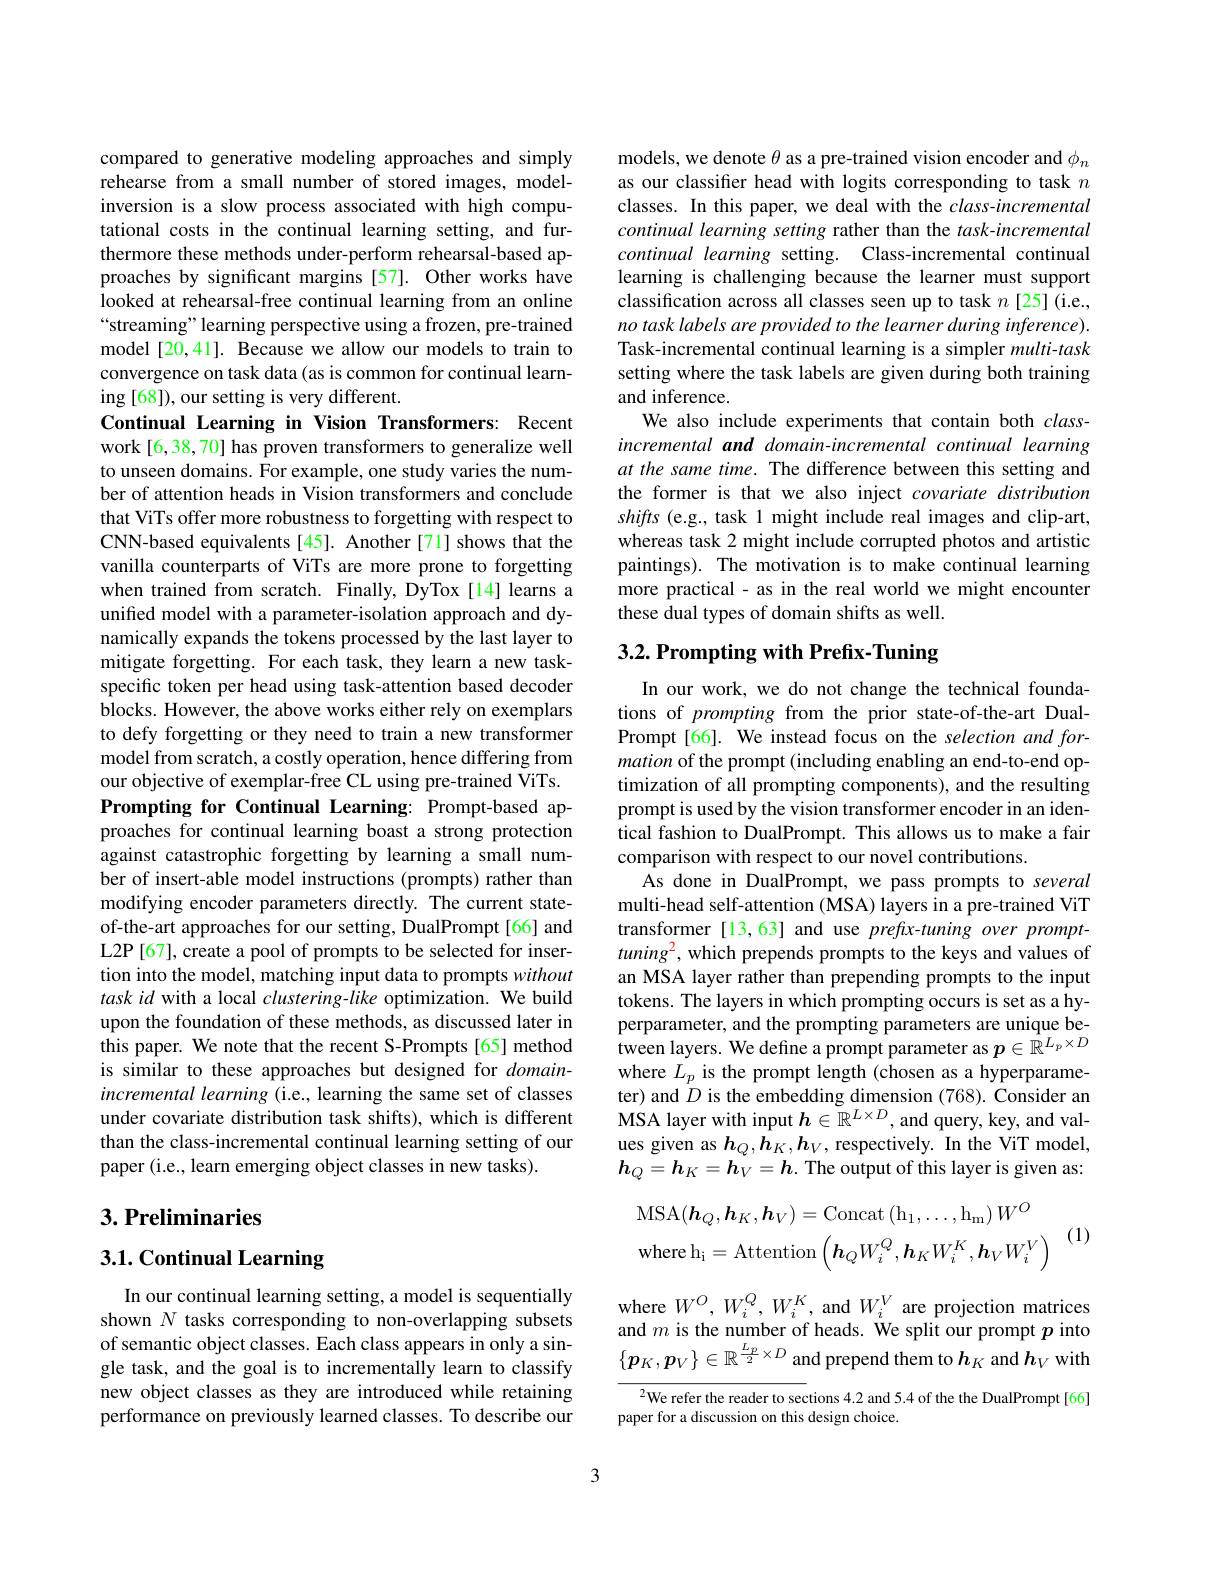
compared to generative modeling approaches and simply rehearse from a small number of stored images, modelinversion is a slow process associated with high computational costs in the continual learning setting, and furthermore these methods under-perform rehearsal-based approaches by significant margins [57]. Other works have looked at rehearsal-free continual learning from an online “streaming” learning perspective using a frozen, pre-trained model [20,41]. Because we allow our models to train to convergence on task data (as is common for continual learning [68]), our setting is very different.

Continual Learning in Vision Transformers: Recent work [6,38,70] has proven transformers to generalize well to unseen domains. For example, one study varies the number of attention heads in Vision transformers and conclude that ViTs offer more robustness to forgetting with respect to CNN-based equivalents[45]. Another[71] shows that the vanilla counterparts of ViTs are more prone to forgetting when trained from scratch. Finally, DyTox[14] learns a unified model with a parameter-isolation approach and dynamically expands the tokens processed by the last layer to mitigate forgetting. For each task, they learn a new taskspecific token per head using task-attention based decoder blocks. However, the above works either rely on exemplars to defy forgetting or they need to train a new transformer model from scratch, a costly operation, hence differing from our objective of exemplar-free CL using pre-trained ViTs. Prompting for Continual Learning: Prompt-based approaches for continual learning boast a strong protection against catastrophic forgetting by learning a small number of insert-able model instructions (prompts) rather than modifying encoder parameters directly. The current stateof-the-art approaches for our setting, DualPrompt[66] and L2P[67], create a pool of prompts to be selected for insertion into the model, matching input data to prompts without task id with a local clustering-like optimization. We build upon the foundation of these methods, as discussed later in this paper. We note that the recent S-Prompts[65] method is similar to these approaches but designed for $domain-$ incremental learning (i.e., learning the same set of classes under covariate distribution task shifts), which is different than the class-incremental continual learning setting of our paper (i.e., learn emerging object classes in new tasks).

## $3. \textbf{Preliminaries}$

# 3.1. Continual Learning

In our continual learning setting, a model is sequentially shown $N$ tasks corresponding to non-overlapping subsets of semantic object classes. Each class appears in only a single task, and the goal is to incrementally learn to classify new object classes as they are introduced while retaining performance on previously learned classes. To describe our

models, we denote $\theta$ as a pre-trained vision encoder and $\phi_n$ as our classifier head with logits corresponding to task $n$ classes. In this paper, we deal with the $class-incremental$ continual learning setting rather than the task-incremental continual learning setting. Class-incremental continual learning is challenging because the learner must support classification across all classes seen up to task $n$ [25](i.e., no task labels are provided to the learner during inference). Task-incremental continual learning is a simpler multi-task setting where the task labels are given during both training and inference.
We also include experiments that contain both $class-$ incremental and domain-incremental continual learning at the same time. The difference between this setting and the former is that we also inject covariate distribution shifts (e.g., task 1 might include real images and clip-art, whereas task 2 might include corrupted photos and artistic paintings). The motivation is to make continual learning more practical - as in the real world we might encounter these dual types of domain shifts as well.

# 3.2. Prompting with Prefix-Tuning

In our work, we do not change the technical foundations of prompting from the prior state-of-the-art DualPrompt[66]. We instead focus on the selection and formation of the prompt (including enabling an end-to-end optimization of all prompting components), and the resulting prompt is used by the vision transformer encoder in an identical fashion to DualPrompt. This allows us to make a fair comparison with respect to our novel contributions.
As done in DualPrompt, we pass prompts to several multi-head self-attention (MSA) layers in a pre-trained ViT transformer [13,63] and use prefx-tuning over prompt- $tuning^2$, which prepends prompts to the keys and values of an MSA layer rather than prepending prompts to the input tokens. The layers in which prompting occurs is set as a hyperparameter, and the prompting parameters are unique between layers. We define a prompt parameter as $p\in\mathbb{R}^{L_p\times D}$ where $L_p$ is the prompt length (chosen as a hyperparameter) and $D$ is the embedding dimension (768). Consider an MSA layer with input $h\in\mathbb{R}^{L\times D}$, and query, key, and values given as $h_Q,h_K,h_V$, respectively. In the ViT model, $\boldsymbol{h}_Q=\boldsymbol{h}_K=\boldsymbol{h}_V=\boldsymbol{h}_.$ The output of this layer is given as:
$$\mathrm{MSA}(\boldsymbol{h}_{Q},\boldsymbol{h}_{K},\boldsymbol{h}_{V})=\mathrm{Concat}\left(\mathrm{h}_{1},\ldots,\mathrm{h}_{\mathrm{m}}\right)W^{O}\\\mathrm{where~h_{i}=Attention}\left(\boldsymbol{h}_{Q}W_{i}^{Q},\boldsymbol{h}_{K}W_{i}^{K},\boldsymbol{h}_{V}W_{i}^{V}\right)$$
(1)

where $W^O,W_i^Q,W_i^K$, and $W_i^V$ are projection matrices and $m$ is the number of heads. We split our prompt $p$ into $\{p_K,p_V\}\in\mathbb{R}^{\frac{L_p}2\times D}$ and prepend them to $h_K$ and $h_V$ with

$^{2}$We refer the reader to sections 4.2 and 5.4 of the the DualPrompt[66]
paper for a discussion on this design choice.

3